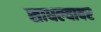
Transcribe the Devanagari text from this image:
साधल्यावर